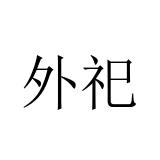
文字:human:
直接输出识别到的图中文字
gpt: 外祀